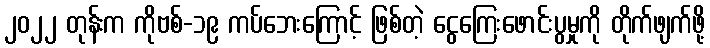
၂၀၂၂ တုန်းက ကိုဗစ်-၁၉ ကပ်ဘေးကြောင့် ဖြစ်တဲ့ ငွေကြေးဖောင်းပွမှုကို တိုက်ဖျက်ဖို့